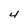
Character: 4